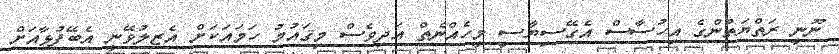
ނޫނީ ރަތްޔަތުންގެ އިހުސާސް އެގޭސިޔާސީ މީހެއްނެތް އަދިވެސް މިޤައުމު ހަމައަކަށް އެޒލުވޭނީ އެބޭފުޅާއަށް